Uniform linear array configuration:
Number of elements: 4
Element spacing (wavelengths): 0.25
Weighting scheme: uniform
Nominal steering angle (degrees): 15
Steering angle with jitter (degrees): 16.292
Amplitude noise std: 0.05
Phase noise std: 0.05

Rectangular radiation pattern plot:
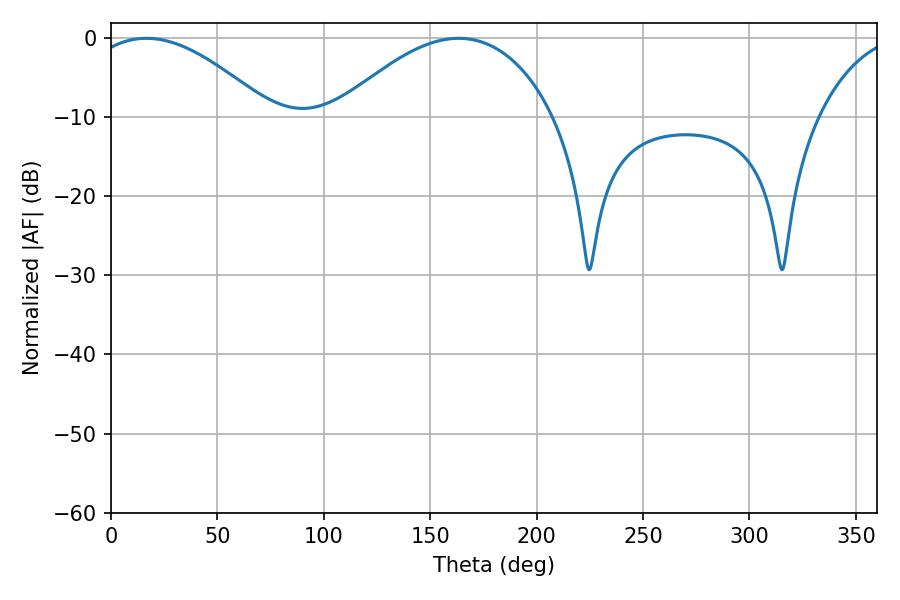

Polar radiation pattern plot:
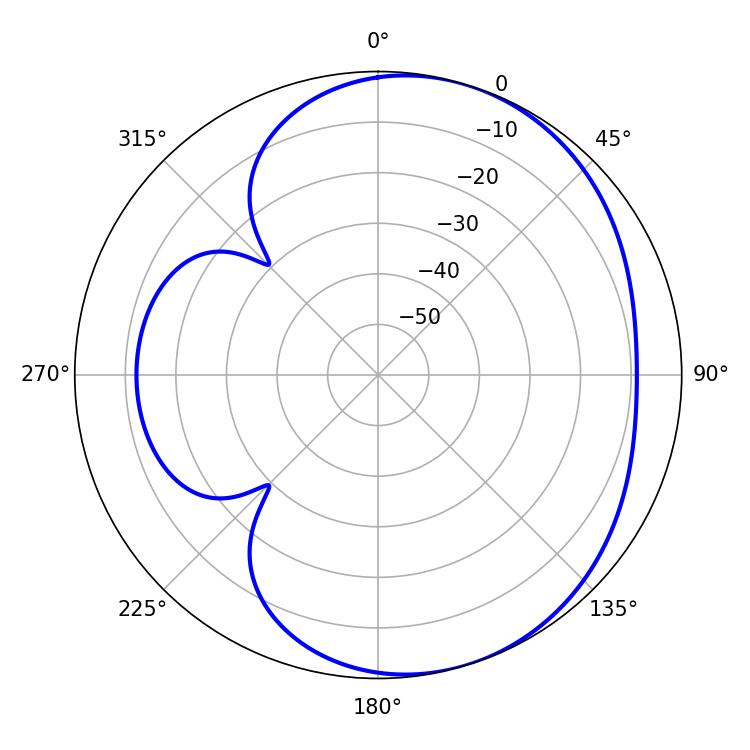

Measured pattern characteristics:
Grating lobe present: FALSE
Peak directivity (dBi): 4.569
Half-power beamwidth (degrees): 47.52
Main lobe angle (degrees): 16.56